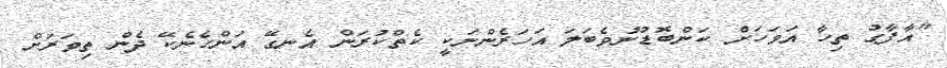
"އާފާގު ތިހާ އަވަހަށް ކަންބޮޑުނުވެބަލަ އަހަރެންނަކީ ކެތްކުރަން އެނގޭ އަންހެނެކޭ ދެން ތިވަރަށް